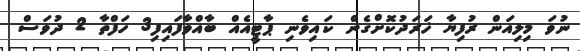
ނުވަ މިލިއަން ރުފިޔާ ޚަރަދުކޮށްގެން ކައިވެނި ޕާޓީއެއް ބާއްވާފައިފި3 ހަފްތާ 2 ދުވަސް